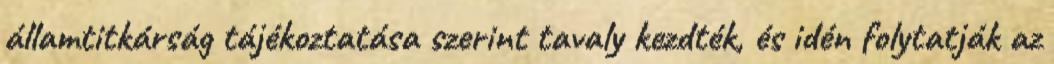
államtitkárság tájékoztatása szerint tavaly kezdték, és idén folytatják az